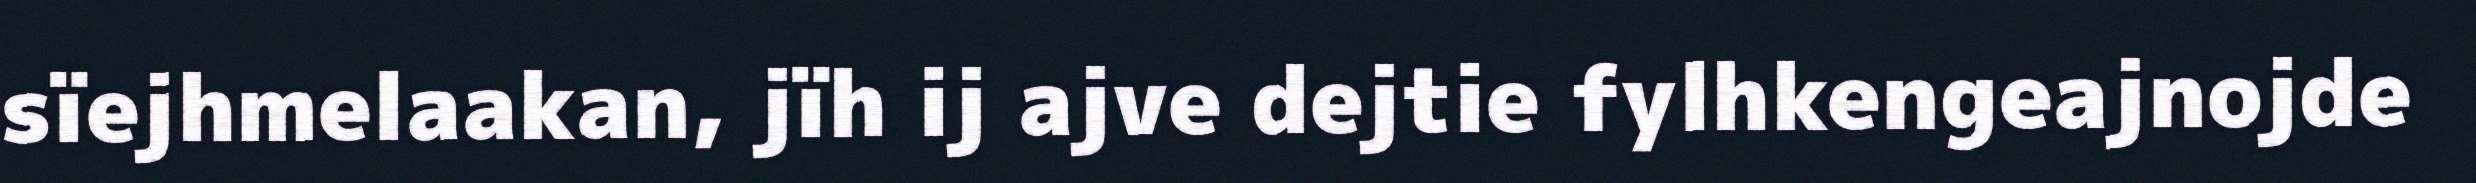
sïejhmelaakan, jïh ij ajve dejtie fylhkengeajnojde